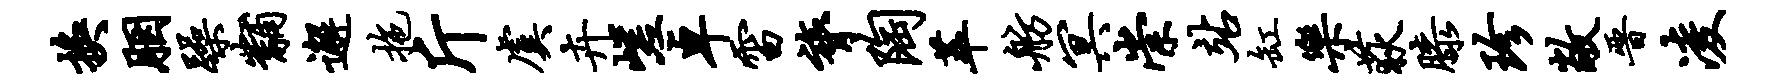
换胭躁黼邂拖斤虞卉嵯卓雷膂陶萃舫冥崇站缸乐荻膝珍敞晋凌